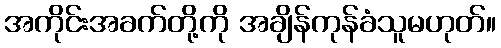
အကိုင်းအခက်တို့ကို အချိန်ကုန်ခံသူမဟုတ်။